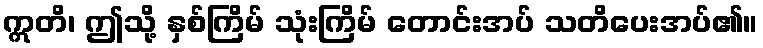
ဣတိ၊ ဤသို့ နှစ်ကြိမ် သုံးကြိမ် တောင်းအပ် သတိပေးအပ်၏။